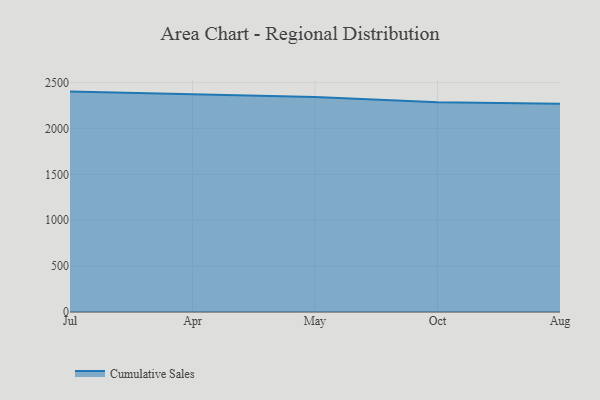
{"axis": {"x": "Month", "y": "Inventory Turnover"}, "legend": ["Cumulative Sales"], "data": [{"x": "Jul", "y": 2402.2, "type": "Cumulative Sales"}, {"x": "Apr", "y": 2370.4, "type": "Cumulative Sales"}, {"x": "May", "y": 2344.4, "type": "Cumulative Sales"}, {"x": "Oct", "y": 2286.1, "type": "Cumulative Sales"}, {"x": "Aug", "y": 2269.3, "type": "Cumulative Sales"}]}